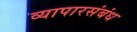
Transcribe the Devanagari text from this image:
व्यापारसंबंध